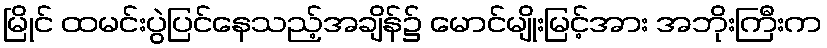
မြိုင် ထမင်းပွဲပြင်နေသည့်အချိန်၌ မောင်မျိုးမြင့်အား အဘိုးကြီးက